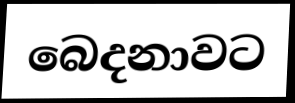
බෙදනාවට